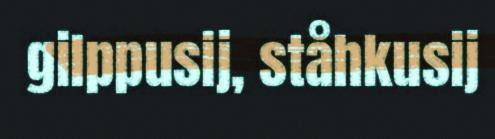
gilppusij, ståhkusij